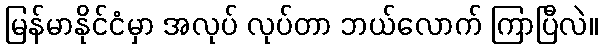
မြန်မာနိုင်ငံမှာ အလုပ် လုပ်တာ ဘယ်လောက် ကြာပြီလဲ။